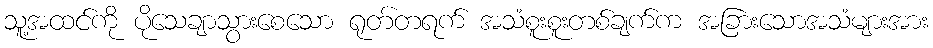
သူ့အထင်ကို ပိုသေချာသွားစေသော ရုတ်တရက် အသံစူးစူးတစ်ချက်က အခြားသောအသံများအား